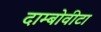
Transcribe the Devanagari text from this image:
दाम्बोवीटा